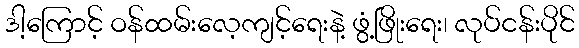
ဒါ့ကြောင့် ဝန်ထမ်းလေ့ကျင့်ရေးနဲ့ ဖွံ့ဖြိုးရေး၊ လုပ်ငန်းပိုင်